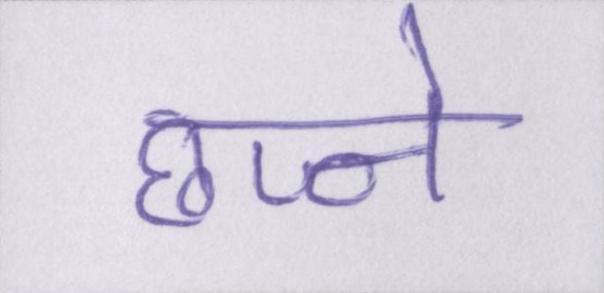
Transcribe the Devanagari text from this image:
छज्जे